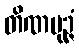
တိဏပုဉ္ဇံ